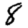
Digit: 8